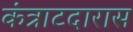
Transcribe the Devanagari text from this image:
कंत्राटदारास